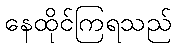
နေထိုင်ကြရသည်